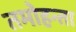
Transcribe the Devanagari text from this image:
तमोहन्ता